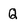
Character: Q